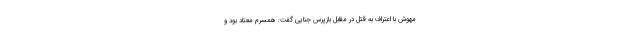
مهوش با اعتراف به قتل در مقابل بازپرس جنایی گفت: همسرم معتاد بود و